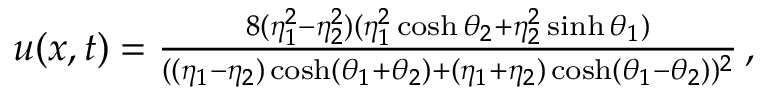
\begin{array} { r } { u ( x , t ) = \frac { 8 ( \eta _ { 1 } ^ { 2 } - \eta _ { 2 } ^ { 2 } ) ( \eta _ { 1 } ^ { 2 } \cosh { \theta _ { 2 } } + \eta _ { 2 } ^ { 2 } \sinh { \theta _ { 1 } } ) } { ( ( \eta _ { 1 } - \eta _ { 2 } ) \cosh ( \theta _ { 1 } + \theta _ { 2 } ) + ( \eta _ { 1 } + \eta _ { 2 } ) \cosh ( \theta _ { 1 } - \theta _ { 2 } ) ) ^ { 2 } } \, , } \end{array}